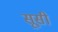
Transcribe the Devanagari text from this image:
सूसी